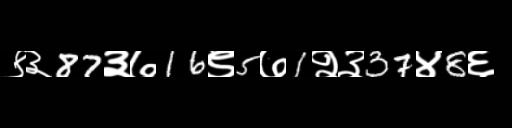
Text: ९३87३७16९5७1२३37४8६